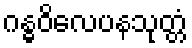
ဂန္ဓဝိလေပနသုတ္တံ